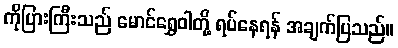
ကိုပြားကြီးသည် မောင်ရွှေဝါတို့ ရပ်နေရန် အချက်ပြသည်။